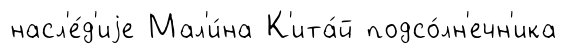
насл'е́д'иjе Мал'и́на К'ита́й подсо́лн'ечн'ика